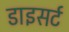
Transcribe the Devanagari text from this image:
डाइसर्ट